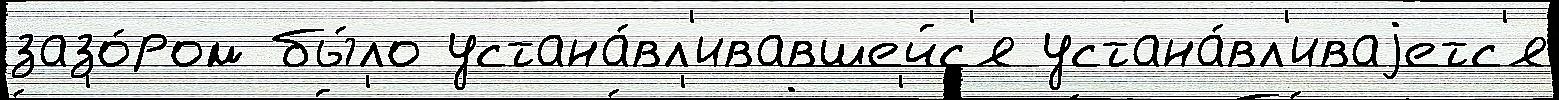
зазо́ром бы́ло устана́вл'ивавшейс'я устана́вл'иваjетс'я